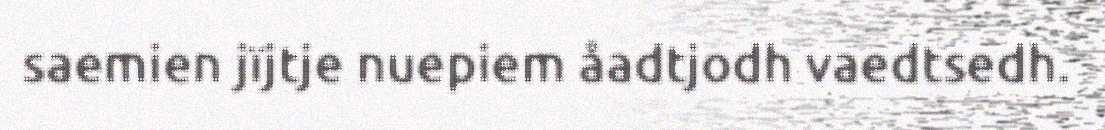
saemien jïjtje nuepiem åadtjodh vaedtsedh.